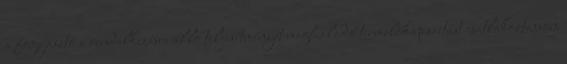
a fogyasztó a rendelkezésre álló teljesítményét meghaladó termelőkapacitást csatlakoztasson